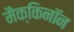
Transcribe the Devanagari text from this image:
मैक्किनॉन